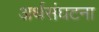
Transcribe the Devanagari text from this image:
अर्थसंघटना